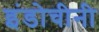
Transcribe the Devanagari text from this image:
इंडोचीनी